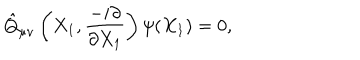
\hat { Q } _ { \mu \nu } \left( X _ { 1 } , \frac { - i \partial } { \partial X _ { 1 } } \right) \psi ( X _ { 1 } ) = 0 ,